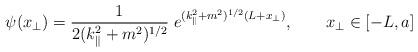
LaTeX: \begin{align*}\psi(x_{\bot})=\frac{1}{2 (k_{\|}^2+m^2)^{1/2} } \; e^{(k_{\|}^2+m^2)^{1/2} (L+x_{\bot})}, \qquad x_{\bot} \in [-L,a]\end{align*}